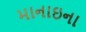
માનાઇના